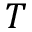
T